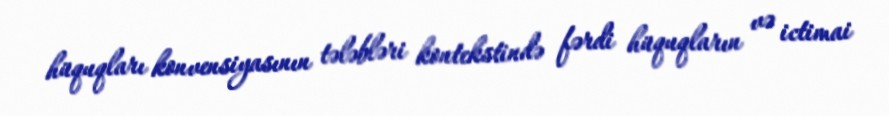
hüquqları konvensiyasının tələbləri kontekstində fərdi hüquqların və ictimai